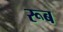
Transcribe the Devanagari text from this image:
रूब